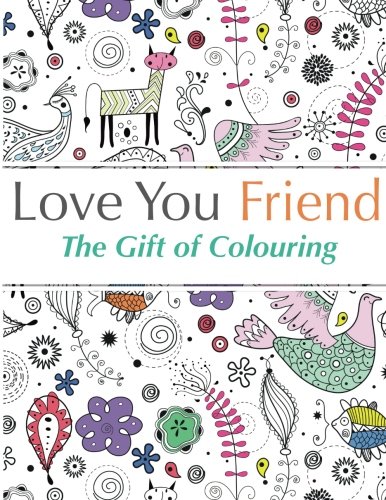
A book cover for Love You Friend: The Gift Of Colouring: The perfect anti-stress colouring book for friends; Christina Rose; Arts & Photography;